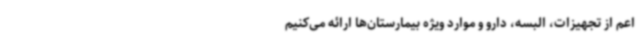
اعم از تجهیزات، البسه، دارو و موارد ویژه بیمارستان‌ها ارائه می‌کنیم